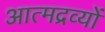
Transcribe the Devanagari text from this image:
आत्मद्रव्यों